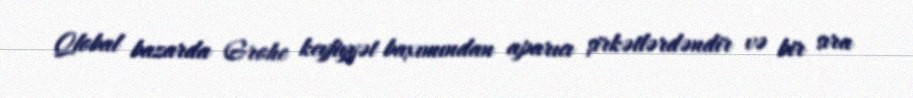
Qlobal bazarda Grohe keyfiyyət baxımından aparıcı şirkətlərdəndir və bir sıra